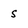
Character: s